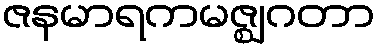
ဇနမာရကမဇ္ဈဂတာ